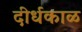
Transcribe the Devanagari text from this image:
दीर्धकाळ